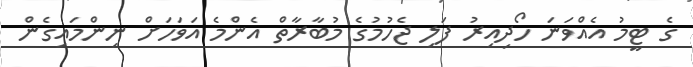
ގެ ޓީމު އެއްވަނަ ހޯދިއިރު ފަލި ޖެހުމުގެ މުބާރާތް އެންމެ އަވަހަށް ނިންމައިގެން